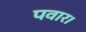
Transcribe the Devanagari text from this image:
पवार।